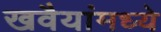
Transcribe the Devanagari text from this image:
खवैयांमध्ये